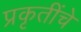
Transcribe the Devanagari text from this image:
प्रकृतींचे